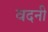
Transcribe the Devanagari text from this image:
वदनी